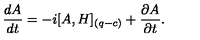
{ \frac { d A } { d t } } = - i [ A , H ] _ { ( q - c ) } + { \frac { \partial A } { \partial t } } .